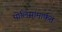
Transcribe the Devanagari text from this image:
पोलिसांमार्फत